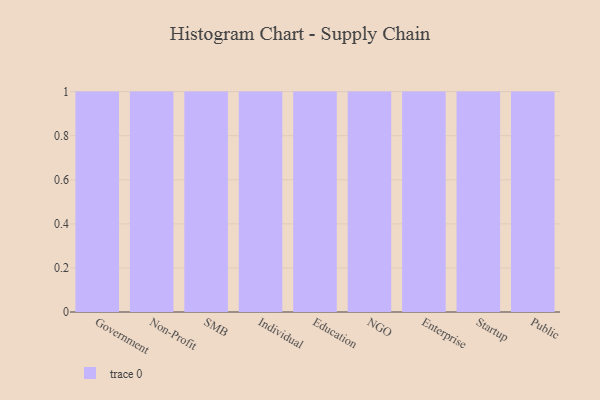
{"axis": {"x": "Segment", "y": "Backlog"}, "legend": [""], "data": [{"x": "Government", "y": 54, "type": ""}, {"x": "Non-Profit", "y": 52, "type": ""}, {"x": "SMB", "y": 23, "type": ""}, {"x": "Individual", "y": 8, "type": ""}, {"x": "Education", "y": 1, "type": ""}, {"x": "NGO", "y": 97, "type": ""}, {"x": "Enterprise", "y": 43, "type": ""}, {"x": "Startup", "y": 59, "type": ""}, {"x": "Public", "y": 92, "type": ""}]}